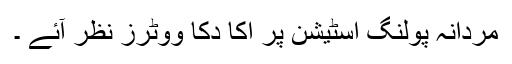
مردانہ پولنگ اسٹیشن پر اکا دکا ووٹرز نظر آئے ۔